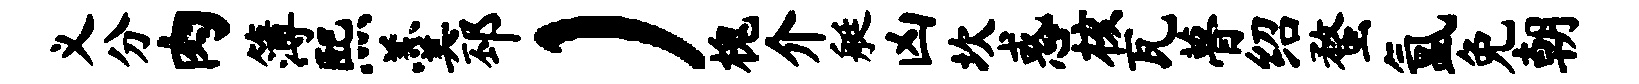
义分肉簿熙羹邳）槐介艇凶坎惑核瓦瞢绍蝥氲免朝